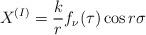
LaTeX: \begin{align*}X^{(I)} = {\displaystyle \frac{k}{r} f_{\nu} (\tau) \cos r\sigma }\end{align*}